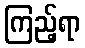
ကြည့်ရာ